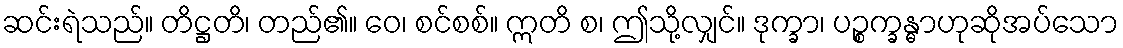
ဆင်းရဲသည်။ တိဋ္ဌတိ၊ တည်၏။ ဝေ၊ စင်စစ်။ ဣတိ စ၊ ဤသို့လျှင်။ ဒုက္ခာ၊ ပဉ္စက္ခန္ဓာဟုဆိုအပ်သော